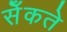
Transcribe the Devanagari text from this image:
सेँकते